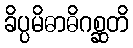
ခိပ္ပမိဓာဓိဂစ္ဆတိ